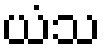
ယံသ